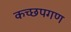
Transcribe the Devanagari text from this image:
कच्छपगण